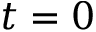
t = 0